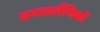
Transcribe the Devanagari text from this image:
समललैंगिकों